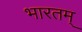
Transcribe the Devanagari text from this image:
भारतम्‌